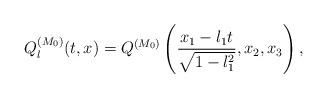
LaTeX: \begin{align*}Q_l^{(M_0)}(t,x) = Q^{(M_0)}\left(\frac{x_1 - l_1 t}{\sqrt{1-l_1^2}}, x_2, x_3\right),\end{align*}